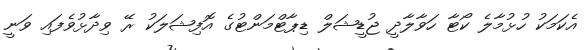
އެކަމަކު ހުޅުމާލެ ކޯޓާ ހަވާލާދީ ޖުޑީޝަލް ޑިޕާޓްމަންޓުގެ އޮފިޝަލަކު ރޭ ވިދާޅުވެފައި ވަނީ